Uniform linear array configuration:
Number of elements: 32
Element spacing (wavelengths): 0.5
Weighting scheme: blackman
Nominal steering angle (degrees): -15
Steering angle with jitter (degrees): -14.895
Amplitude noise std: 0.05
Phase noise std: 0.05

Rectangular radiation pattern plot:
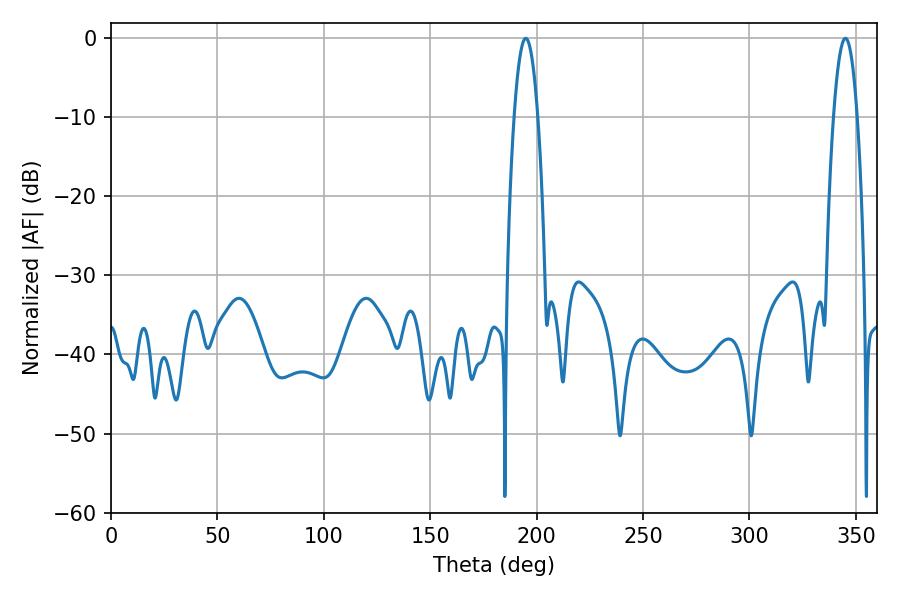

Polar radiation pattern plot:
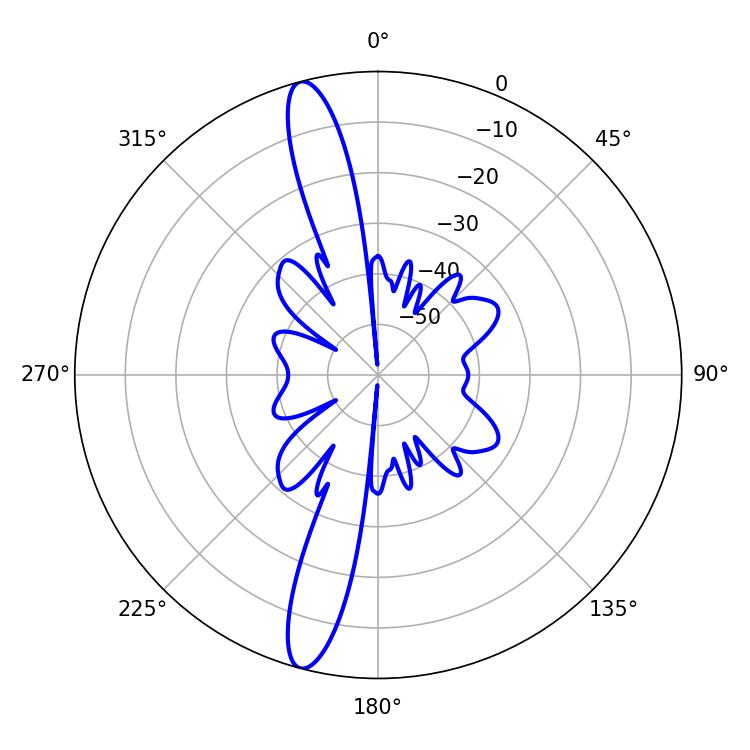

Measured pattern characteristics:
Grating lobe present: FALSE
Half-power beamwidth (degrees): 6.12
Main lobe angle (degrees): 194.94